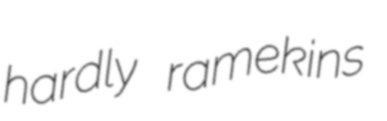
hardly ramekins